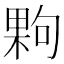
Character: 𭪹